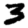
Digit: 3